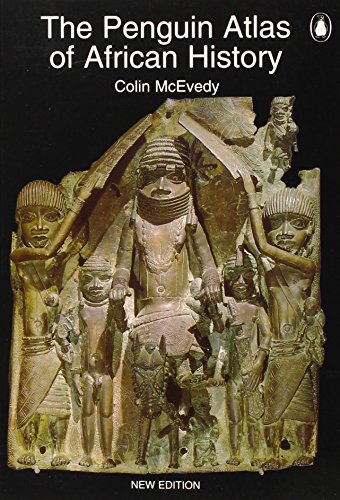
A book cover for The Penguin Atlas of African History: Revised Edition; Colin McEvedy; History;